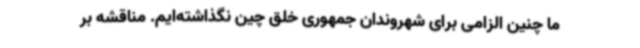
ما چنین الزامی برای شهروندان جمهوری خلق چین نگذاشته‌ایم. مناقشه بر